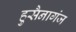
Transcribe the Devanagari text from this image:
हुसैनागंज